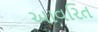
આવરિત